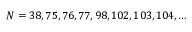
N = 3 8 , 7 5 , 7 6 , 7 7 , 9 8 , 1 0 2 , 1 0 3 , 1 0 4 , \dots